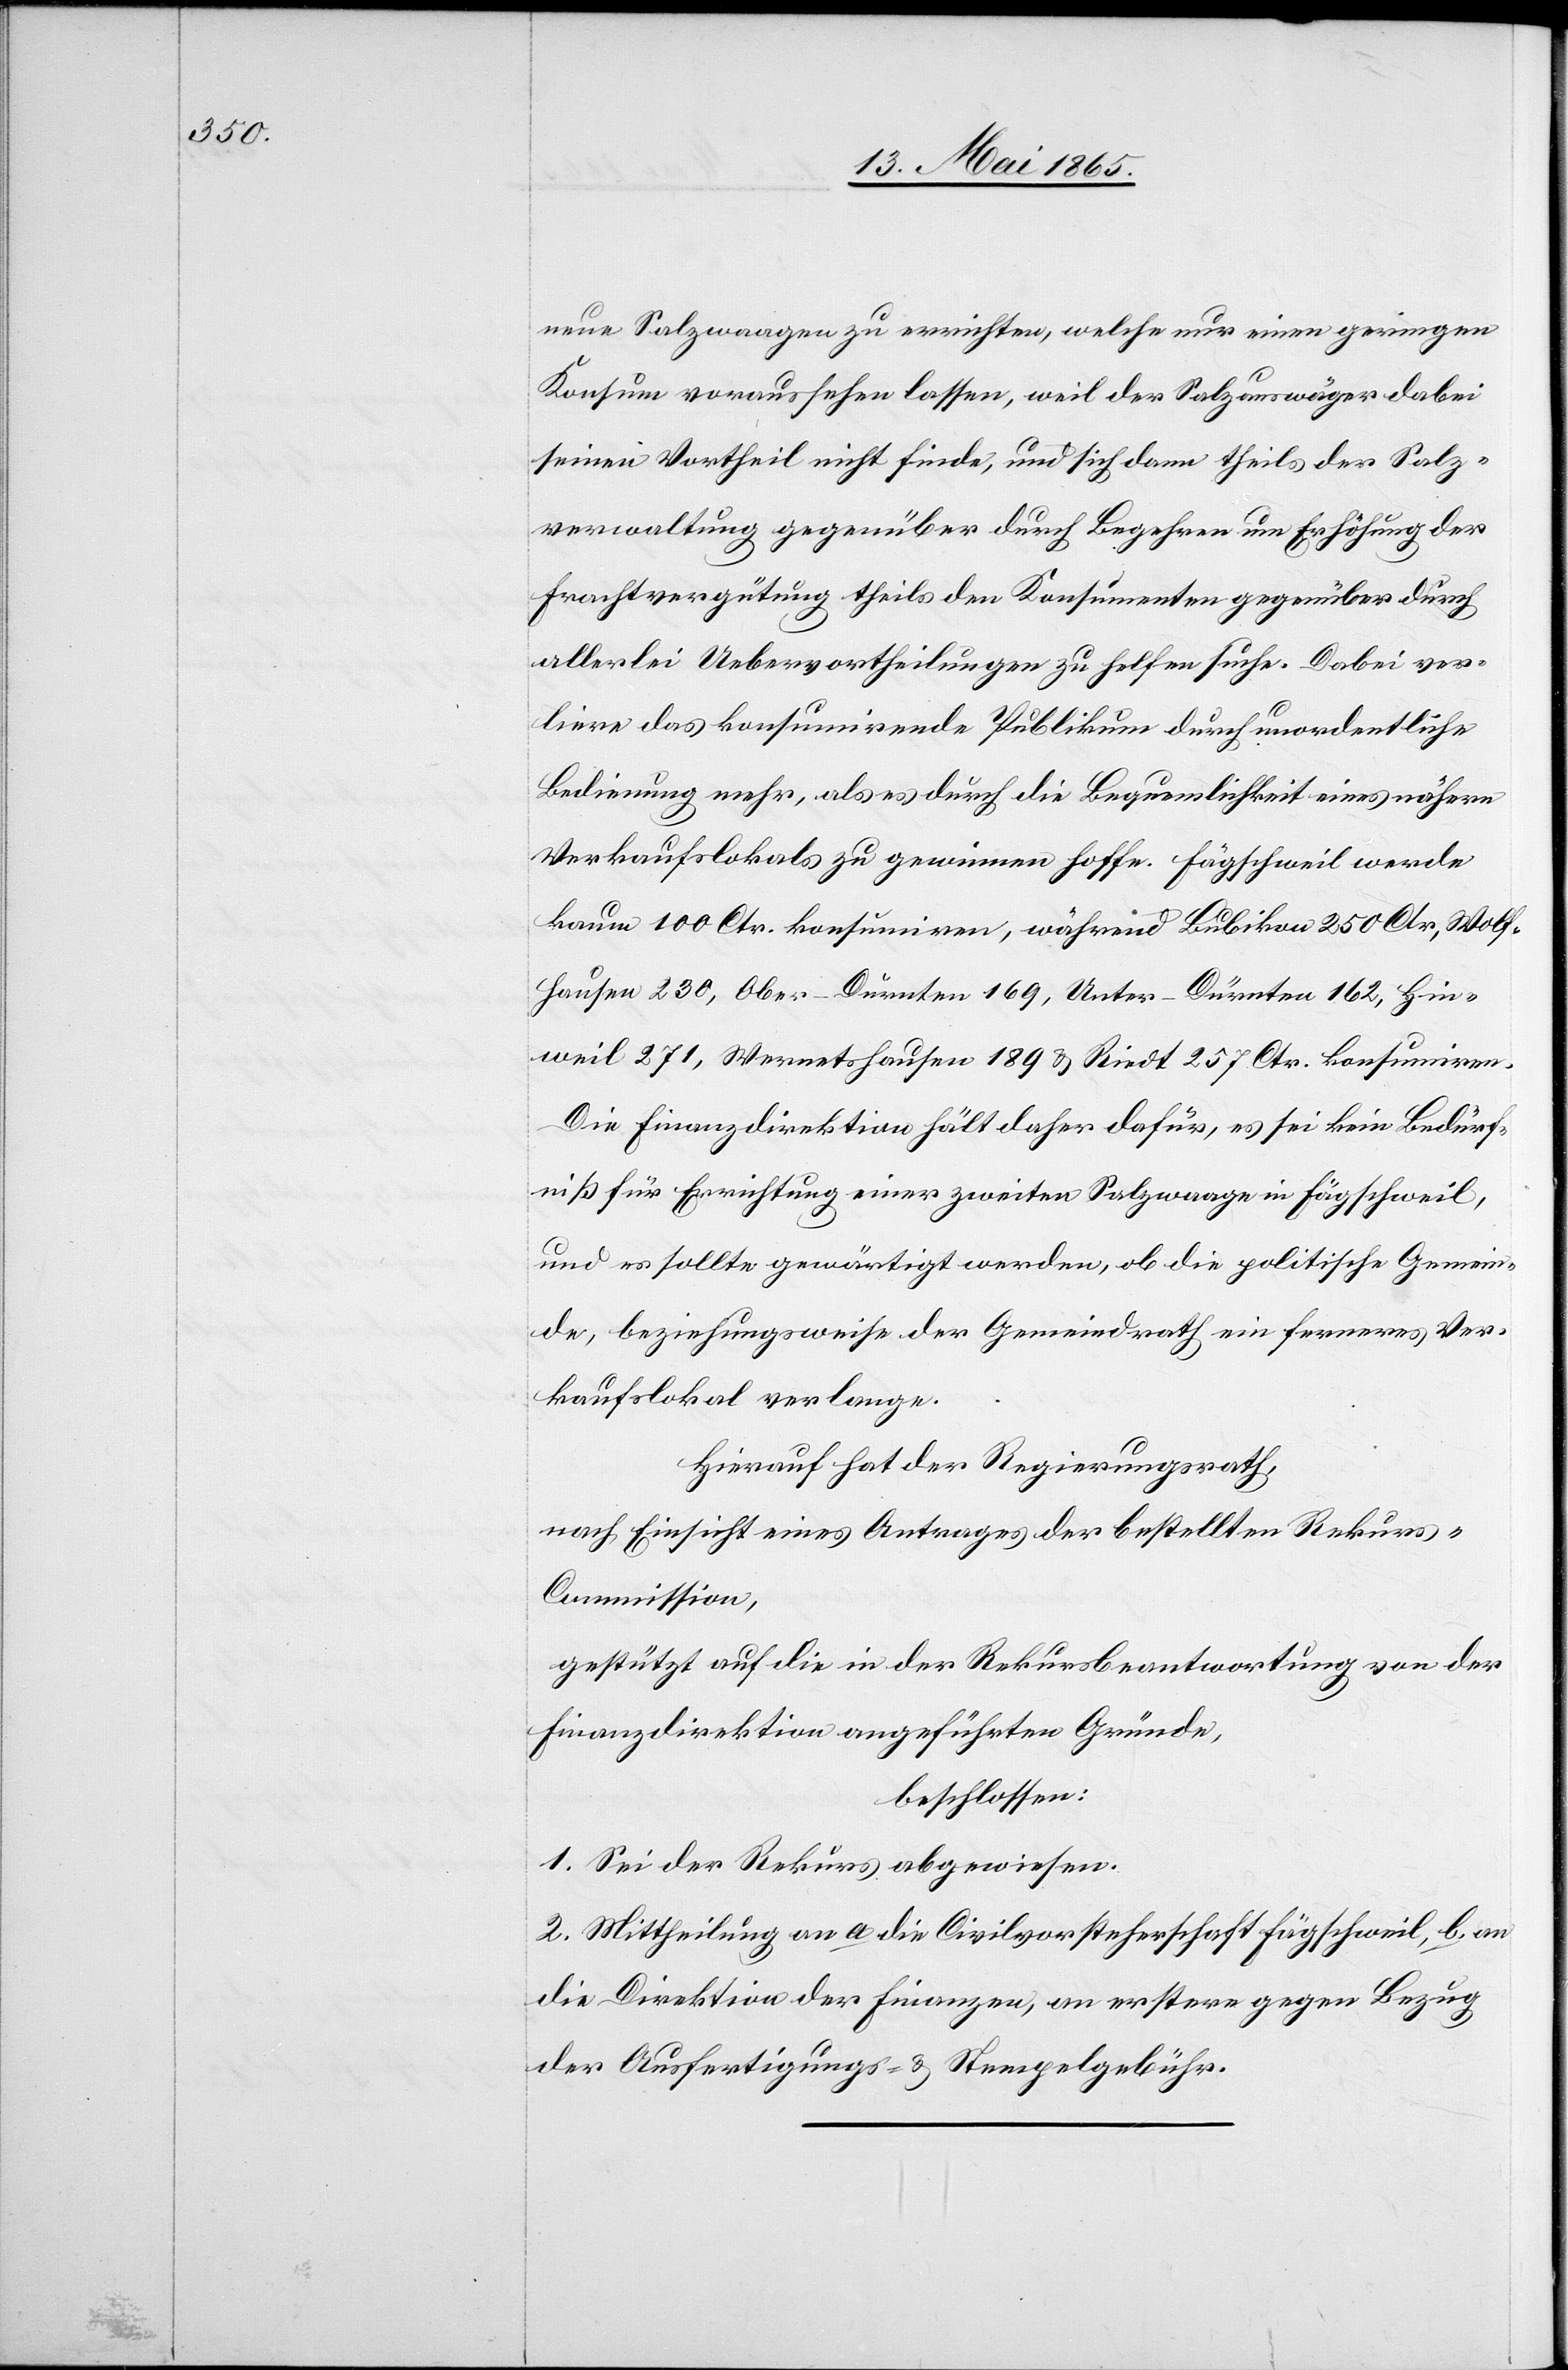
neue Salzwaagen zu errichten, welche nur einen geringen
Konsum voraussehen lassen, weil der Salzauswäger dabei
seinen Vortheil nicht finde, und sich dann theils der Salz¬
verwaltung gegenüber durch Begehren um Erhöhung der
Frachtvergütung theils den Konsumenten gegenüber durch
allerlei Uebervortheilungen zu helfen suche. Dabei ver¬
liere das konsumirende Publikum durch unordentliche
Bedienung mehr, als es durch die Bequemlichkeit eines nähern
Verkaufslokals zu gewinnen hoffe. Fägschweil werde
kaum 100 Ctr. konsumiren, während Bubikon 250 Ctr, Wolf¬
hausen 230, Ober-Dürtnen 169, Unter-Dürnten 162, Hin¬
weil 271, Wernetshausen 189 & Riedt 257 Ctr. konsumiren.
Die Finanzdirektion hält daher dafür, es sei kein Bedürf¬
niß für Errichtung einer zweiten Salzwaage in Fägschweil,
und es sollte gewärtigt werden, ob die politische Gemein¬
de, beziehungsweise der Gemeindrath ein ferneres Ver¬
kaufslokal verlange.
Hierauf hat der Regierungsrath,
nach Einsicht eines Antrages der bestellten Rekur¬
s-Commission,
gestützt auf die in der Rekursbeantwortung von der
Finanzdirektion angeführten Gründe,
beschlossen:
1. Sei der Rekurs abgewiesen.
2. Mittheilung an a. die Civilvorsteherschaft Fägschweil, b. an
die Direktion der Finanzen, an erstere gegen Bezug
der Ausfertigungs- & Stempelgebühr.